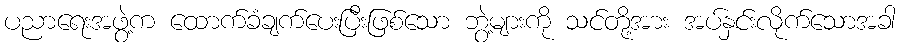
ပညာရေးအဖွဲ့က ထောက်ခံချက်ပေးပြီးဖြစ်သော ဘွဲ့များကို သင်တို့အား အပ်နှင်းလိုက်သောအခါ